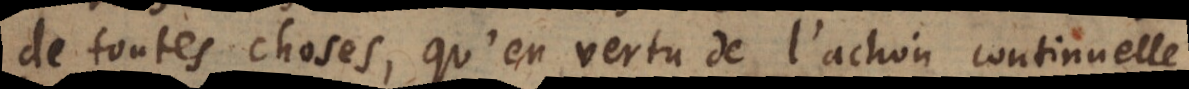
de toutes choses, qu’en vertu de l’action continuelle